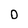
Character: D